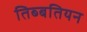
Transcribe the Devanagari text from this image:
तिब्‍बतियन